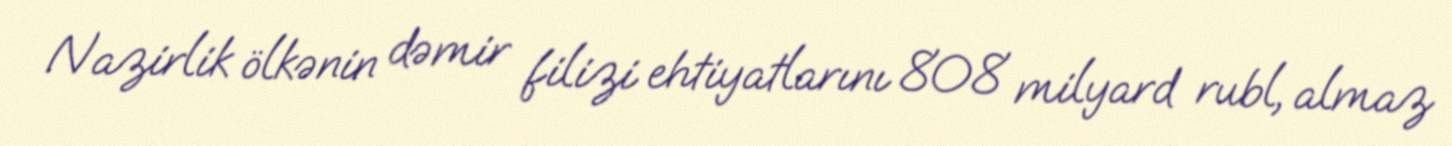
Nazirlik ölkənin dəmir filizi ehtiyatlarını 808 milyard rubl, almaz